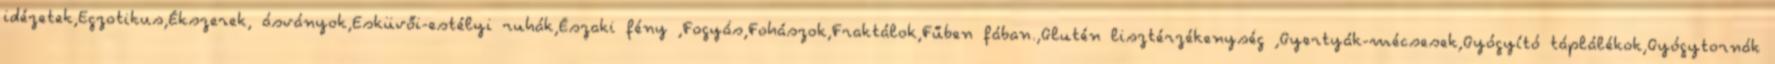
idézetek,Egzotikus,Ékszerek, ásványok,Esküvői-estélyi ruhák,Északi fény ,Fogyás,Fohászok,Fraktálok,Fűben fában.,Glutén lisztérzékenység ,Gyertyák-mécsesek,Gyógyító táplálékok,Gyógytornák